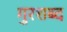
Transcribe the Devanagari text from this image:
गुरशब्द